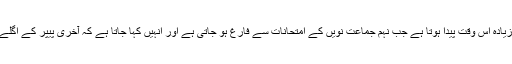
حاضری کا مسئلہ سب سے زیادہ اس وقت پیدا ہوتا ہے جب نہم جماعت نویں کے امتحانات سے فارغ ہو جاتی ہے اور انہیں کہا جاتا ہے کہ آخری پیپر کے اگلے ہی دن سکول آنا لازمی ہے۔